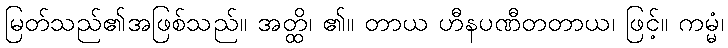
မြတ်သည်၏အဖြစ်သည်။ အတ္ထိ၊ ၏။ တာယ ဟီနပဏီတတာယ၊ ဖြင့်။ ကမ္မံ၊